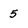
Character: 5